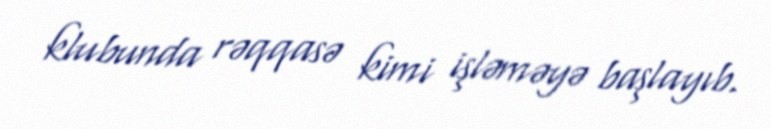
klubunda rəqqasə kimi işləməyə başlayıb.